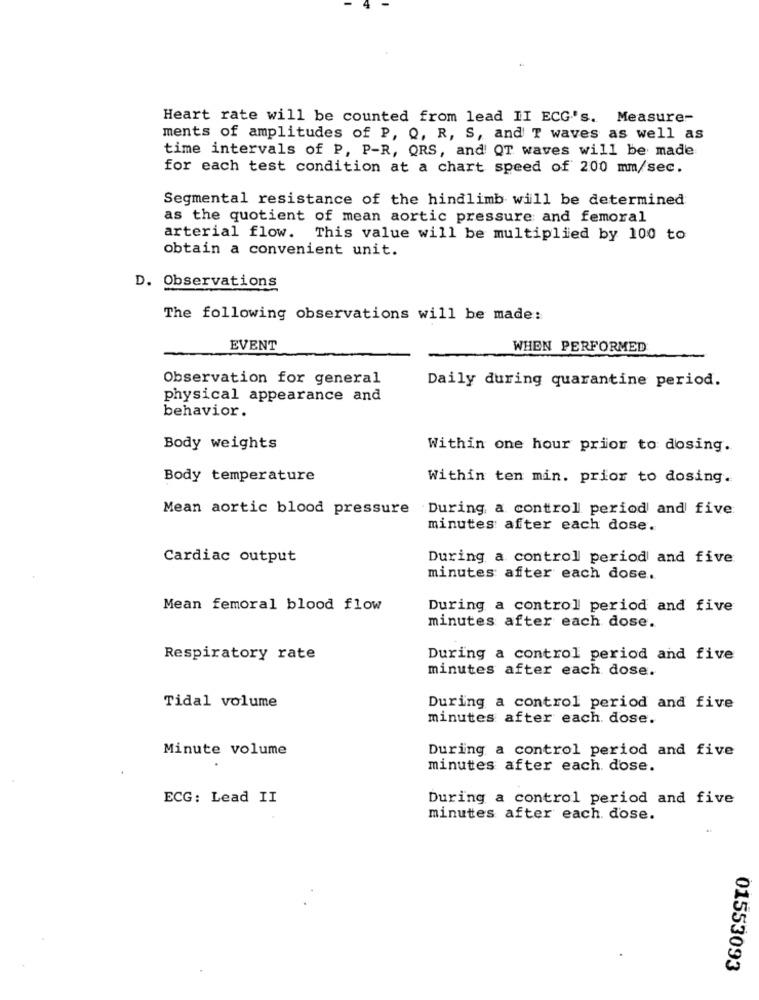
Heart rate will be counted from lead II ECG's. Measure-
ments of amplitudes of P, Q, R, S, and T waves as well as
time intervals of P, P-R, QRS, and QT waves will be made
for each test condition at a chart speed of 200 mm/sec.
Segmental resistance of the hindlimb will be determined
as the quotient of mean aortic pressure and femoral
arterial flow. This value will be multiplied by 100 to
obtain a convenient unit.
D. Observations
The following observations will be made:
EVENT
WHEN PERFORMED
Observation for general
Daily during quarantine period.
physical appearance and
behavior.
Body weights
Within one hour prior to dosing.
Body temperature
Within ten min. prior to dosing.
Mean aortic blood pressure
During, a control period and five
minutes after each dose.
Cardiac output
During a controll period and five
minutes after each dose.
Mean femoral blood flow
During a control period and five
minutes after each dose.
Respiratory rate
During a control period and five
minutes after each dose.
Tidal volume
During a control period and five
minutes after each. dose.
Minute volume
During a control period and five
minutes after each. dose.
ECG: Lead II
During a control period and five
minutes after each. dose.
01553093